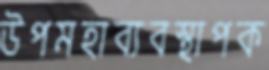
উপমহাব্যবস্থাপক